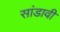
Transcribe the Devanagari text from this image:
सांडावी